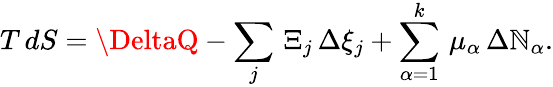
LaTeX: T\, dS=\DeltaQ-\sum_{j}\, \Xi_{j}\, \Delta\xi_{j}+\sum_{\alpha=1}^{k}\, \mu_{\alpha}\, \Delta\mathbb{N}_{\alpha}.